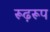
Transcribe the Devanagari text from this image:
रूढ़रूप